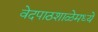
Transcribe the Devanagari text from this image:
वेदपाठशाळेमध्ये